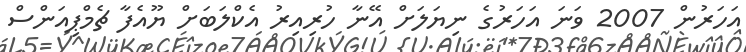
އަހަރުން 2007 ވަނަ އަހަރުގެ ނިޔަލަށް އޭނާ ހުރިއިރު އެކްލަބަށް ޔޫއެފާ ޗެމްޕިއަންސް